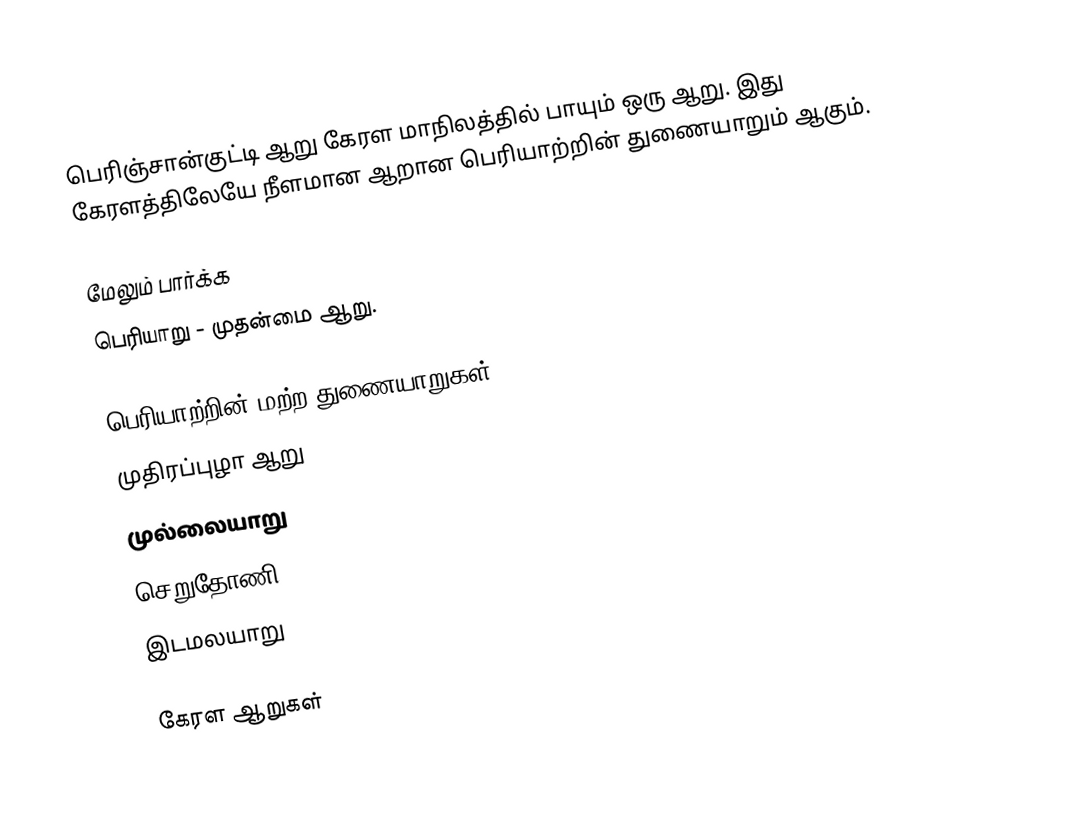
பெரிஞ்சான்குட்டி ஆறு கேரள மாநிலத்தில் பாயும் ஒரு ஆறு. இது கேரளத்திலேயே நீளமான ஆறான பெரியாற்றின் துணையாறும் ஆகும்.

மேலும் பார்க்க
 பெரியாறு - முதன்மை ஆறு.

பெரியாற்றின் மற்ற துணையாறுகள்
முதிரப்புழா ஆறு
முல்லையாறு
செறுதோணி
இடமலயாறு

கேரள ஆறுகள்